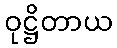
ဝုဋ္ဌိတာယ